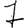
Digit: 7